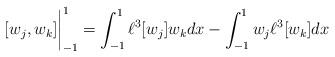
LaTeX: \begin{align*}[w_j,w_k]\bigg|_{-1}^1=\int_{-1}^1\ell^3[w_j]w_kdx-\int_{-1}^1w_j\ell^3[w_k]dx\end{align*}